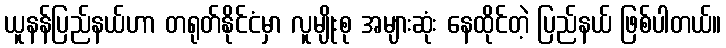
ယူနန်ပြည်နယ်ဟာ တရုတ်နိုင်ငံမှာ လူမျိုးစု အများဆုံး နေထိုင်တဲ့ ပြည်နယ် ဖြစ်ပါတယ်။